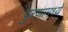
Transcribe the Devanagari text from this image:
पुरणामध्ये